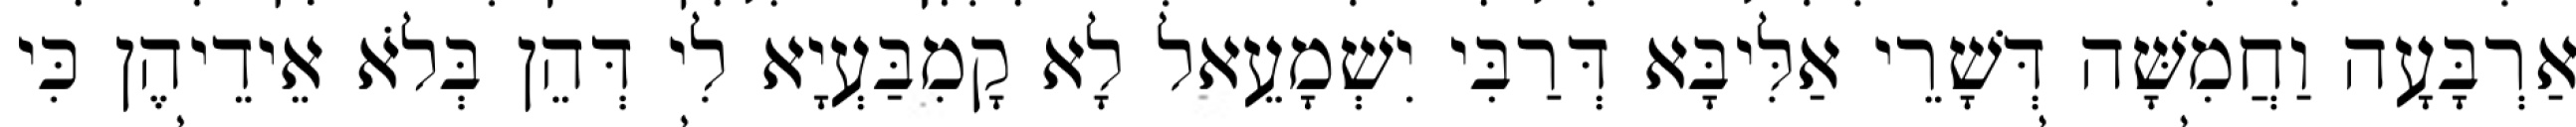
אַרְבָּעָה וַחֲמִשָּׁה דְּשָׁרֵי אַלִּיבָּא דְּרַבִּי יִשְׁמָעֵאל לָא קָמִבַּעְיָא לִי דְּהֵן בְּלֹא אֵידֵיהֶן כִּי